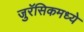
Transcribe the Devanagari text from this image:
जुरॅसिकमध्ये